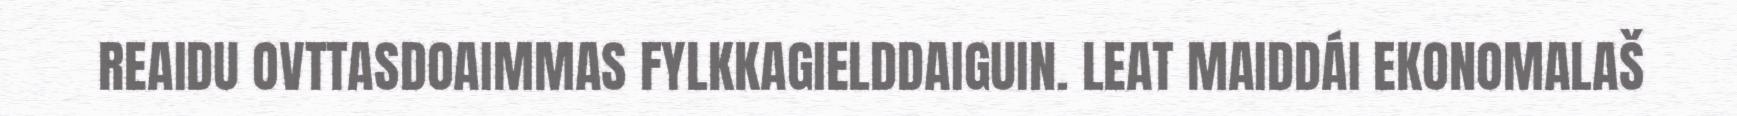
REAIDU OVTTASDOAIMMAS FYLKKAGIELDDAIGUIN. LEAT MAIDDÁI EKONOMALAŠ